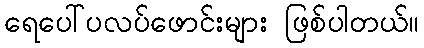
ရေပေါ်ပလပ်ဖောင်းများ ဖြစ်ပါတယ်။